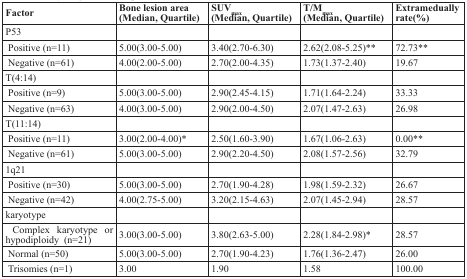
<table><thead><tr><td><b>Factor</b></td><td><b>Bone lesion area(Median, Quartile)</b></td><td><b>SUV<sub>max</sub>(Median, Quartile)</b></td><td><b>T/M<sub>max</sub>(Median, Quartile)</b></td><td><b>Extramedually rate(%)</b></td></tr></thead><tbody><tr><td>P53</td><td></td><td></td><td></td><td></td></tr><tr><td> Positive (n=11)</td><td>5.00(3.00-5.00)</td><td>3.40(2.70-6.30)</td><td>2.62(2.08-5.25)**</td><td>72.73**</td></tr><tr><td> Negative (n=61)</td><td>4.00(2.00-5.00)</td><td>2.70(2.00-4.35)</td><td>1.73(1.37-2.40)</td><td>19.67</td></tr><tr><td>T(4:14)</td><td></td><td></td><td></td><td></td></tr><tr><td> Positive (n=9)</td><td>5.00(3.00-5.00)</td><td>2.90(2.45-4.15)</td><td>1.71(1.64-2.24)</td><td>33.33</td></tr><tr><td> Negative (n=63)</td><td>4.00(3.00-5.00)</td><td>2.90(2.00-4.50)</td><td>2.07(1.47-2.63)</td><td>26.98</td></tr><tr><td>T(11:14)</td><td></td><td></td><td></td><td></td></tr><tr><td> Positive (n=11)</td><td>3.00(2.00-4.00)*</td><td>2.50(1.60-3.90)</td><td>1.67(1.06-2.63)</td><td>0.00**</td></tr><tr><td> Negative (n=61)</td><td>5.00(3.00-5.00)</td><td>2.90(2.20-4.50)</td><td>2.08(1.57-2.56)</td><td>32.79</td></tr><tr><td>1q21</td><td></td><td></td><td></td><td></td></tr><tr><td> Positive (n=30)</td><td>5.00(3.00-5.00)</td><td>2.70(1.90-4.28)</td><td>1.98(1.59-2.32)</td><td>26.67</td></tr><tr><td> Negative (n=42)</td><td>4.00(2.75-5.00)</td><td>3.20(2.15-4.63)</td><td>2.07(1.45-2.94)</td><td>28.57</td></tr><tr><td>karyotype</td><td></td><td></td><td></td><td></td></tr><tr><td> Complex karyotype or hypodiploidy (n=21)</td><td>3.00(3.00-5.00)</td><td>3.80(2.63-5.00)</td><td>2.28(1.84-2.98)*</td><td>28.57</td></tr><tr><td> Normal (n=50)</td><td>5.00(3.00-5.00)</td><td>2.70(1.90-4.23)</td><td>1.76(1.36-2.47)</td><td>26.00</td></tr><tr><td> Trisomies (n=1)</td><td>3.00</td><td>1.90</td><td>1.58</td><td>100.00</td></tr></tbody></table>